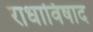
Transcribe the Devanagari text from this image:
राधाविषाद